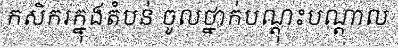
កសិករក្នុងតំបន់ ចូលថ្នាក់បណ្តុះបណ្តាល